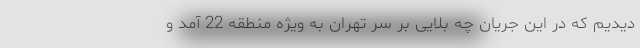
دیدیم که در این جریان چه بلایی بر سر تهران به ویژه منطقه 22 آمد و